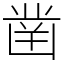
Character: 凿